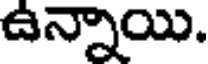
ఉన్నాయి.